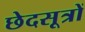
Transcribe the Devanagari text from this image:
छेदसूत्रों